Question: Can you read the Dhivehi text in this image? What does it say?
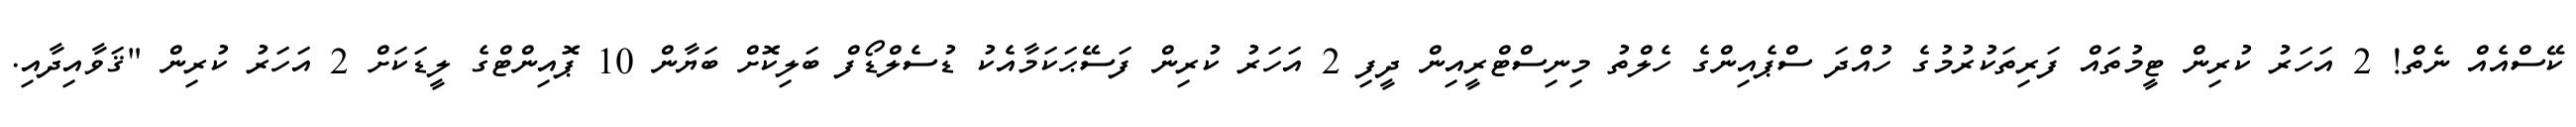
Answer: ކޭސްއެއް ނެތް! 2 އަހަރު ކުރިން ޓީމުތައް ފަރިތަކުރުމުގެ ހުއްދަ ސްޕެއިންގެ ހެލްތު މިނިސްޓްރީއިން ދީފި 2 އަހަރު ކުރިން ފަސޭޙަކަމާއެކު ޑުސެލްޑޯފް ބަލިކޮށް ބަޔާން 10 ޕޮއިންޓްގެ ލީޑަކަށް 2 އަހަރު ކުރިން "ޤަވާއިދާއި.